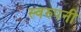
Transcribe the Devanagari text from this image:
स्वरुपनी